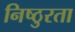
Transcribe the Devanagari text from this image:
निष्‍ठुरता